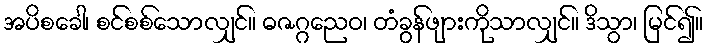
အပိစခေါ၊ စင်စစ်သောလျှင်။ ဓဇဂ္ဂညေဝ၊ တံခွန်ဖျားကိုသာလျှင်။ ဒိသွာ၊ မြင်၍။